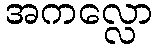
အကလ္လော